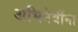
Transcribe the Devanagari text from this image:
अभिनेत्रींना